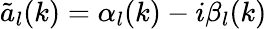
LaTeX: \tilde{a}_{l}(k)=\alpha_{l}(k)-i\beta_{l}(k)